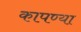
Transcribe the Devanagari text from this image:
कापण्या